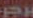
برجر